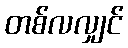
တစ်လလျှင်